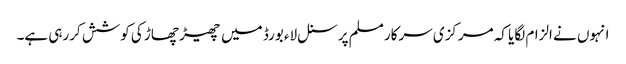
انہوں نے الزام لگایا کہ مرکزی سرکار مسلم پرسنل لاء بورڈ میں چھیڑ چھاڑ کی کوشش کررہی ہے۔